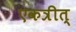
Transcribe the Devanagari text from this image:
एकत्रीत्